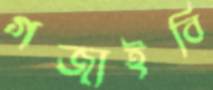
গজাইবি